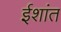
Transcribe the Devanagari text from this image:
ईशांत